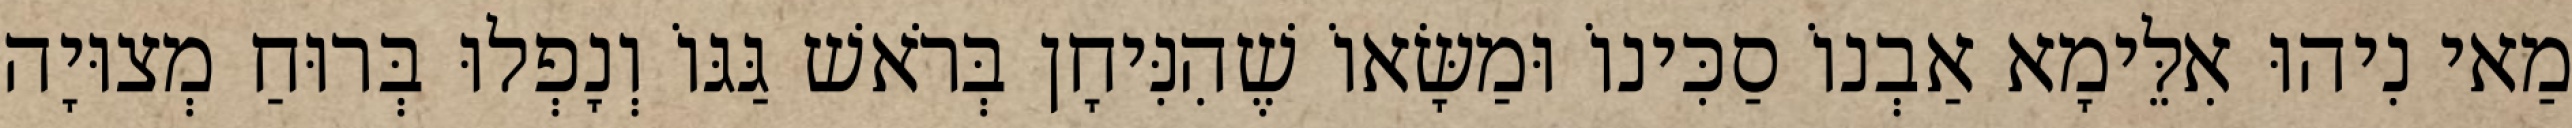
מַאי נִיהוּ אִלֵּימָא אַבְנוֹ סַכִּינוֹ וּמַשָּׂאוֹ שֶׁהִנִּיחָן בְּרֹאשׁ גַּגּוֹ וְנָפְלוּ בְּרוּחַ מְצוּיָה